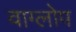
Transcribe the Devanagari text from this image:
वाग्लोप